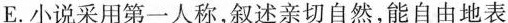
E.小说采用第一人称,叙述亲切自然,能自由地表